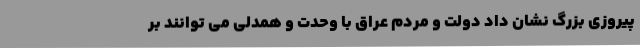
پیروزی بزرگ نشان داد دولت و مردم عراق با وحدت و همدلی می توانند بر